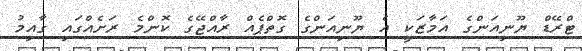
ޓްރޭޑް ޔޫނިއަންގެ އަމާޒަކީ އެ ޔޫނިއަންގެ ގޮތްޕެއް ރާއްޖޭގެ ކޮންމެ ރަށެއްގައި ގާއިމު